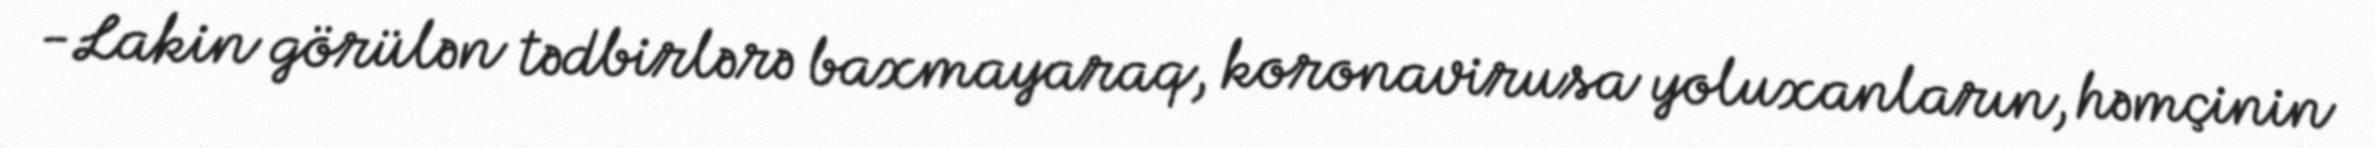
-Lakin görülən tədbirlərə baxmayaraq, koronavirusa yoluxanların, həmçinin